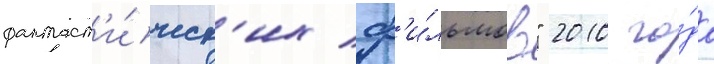
фантаст'и́ческ'их ф'и́льмов" 2010 го́да